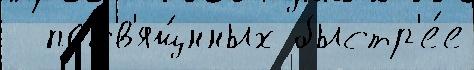
  посв'ящ́нных быстр'е́е